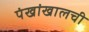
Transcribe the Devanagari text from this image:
पंखांखालची